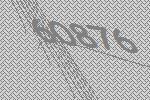
60876